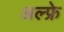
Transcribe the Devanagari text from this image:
अल्फ्रे